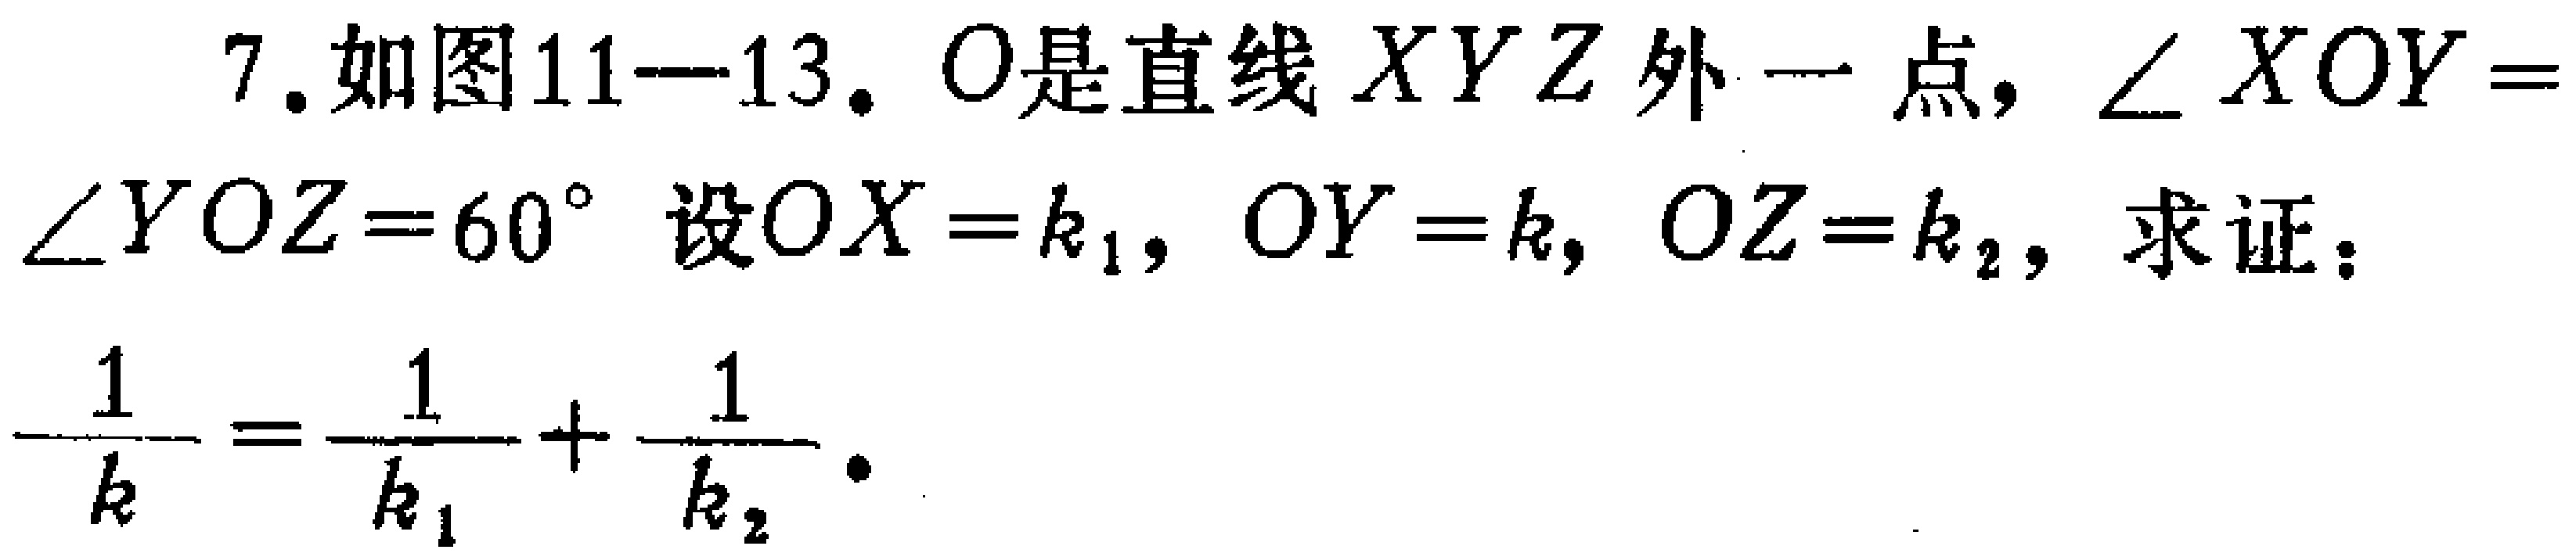
7. 如图11—13. \(O\)是直线 \(XYZ\)外一点，\(\angle XOY = \angle YOZ = 60^{\circ}\) 设 \(OX = k_{1}\)，\(OY = k\)，\(OZ = k_{2}\)，求证：
\(\frac{1}{k}=\frac{1}{k_{1}}+\frac{1}{k_{2}}\)。